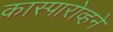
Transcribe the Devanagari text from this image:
कास्पारोव्हने